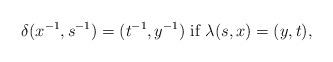
LaTeX: \begin{align*}\delta(x^{-1},s^{-1})=(t^{-1},y^{-1}) \mbox{ if $\lambda(s,x)=(y,t)$},\end{align*}